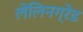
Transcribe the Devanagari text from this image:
लेलिनग्रेड